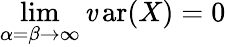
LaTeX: \operatorname*{lim}_{\alpha=\beta\to\infty}\operatorname{\mathit{v}ar}(X)=0